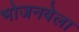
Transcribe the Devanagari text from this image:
भोजनवेला